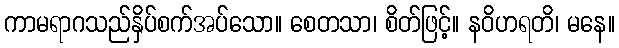
ကာမရာဂသည်နှိပ်စက်အပ်သော။ စေတသာ၊ စိတ်ဖြင့်။ နဝိဟရတိ၊ မနေ။